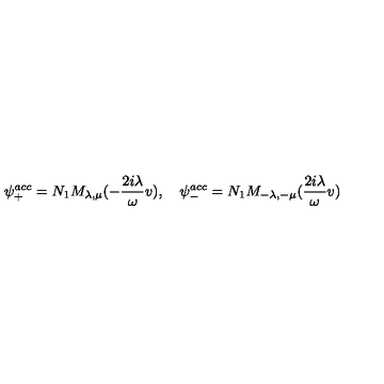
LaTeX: \psi _ { + } ^ { a c c } = N _ { 1 } M _ { \lambda , \mu } ( - \frac { 2 i \lambda } { \omega } v ) , \quad \psi _ { - } ^ { a c c } = N _ { 1 } M _ { - \lambda , - \mu } ( \frac { 2 i \lambda } { \omega } v )